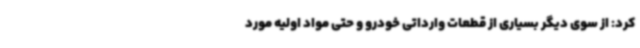
کرد: از سوی دیگر بسیاری از قطعات وارداتی خودرو و حتی مواد اولیه مورد